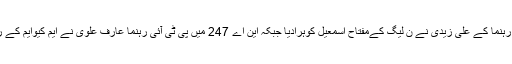
حلقہ این اے 244 سے پی ٹی آئی رہنما کے علی زیدی نے ن لیگ کےمفتاح اسمعیل کوہرادیا جبکہ این اے 247 میں پی ٹی آئی رہنما عارف علوی نے ایم کیوایم کے رہنما فاروق ستار کو شکست دیدی۔